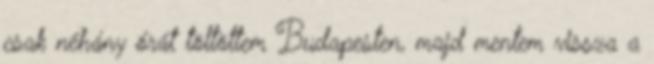
csak néhány órát töltöttem Budapesten, majd mentem vissza a